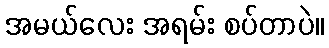
အမယ်လေး အရမ်း စပ်တာပဲ။